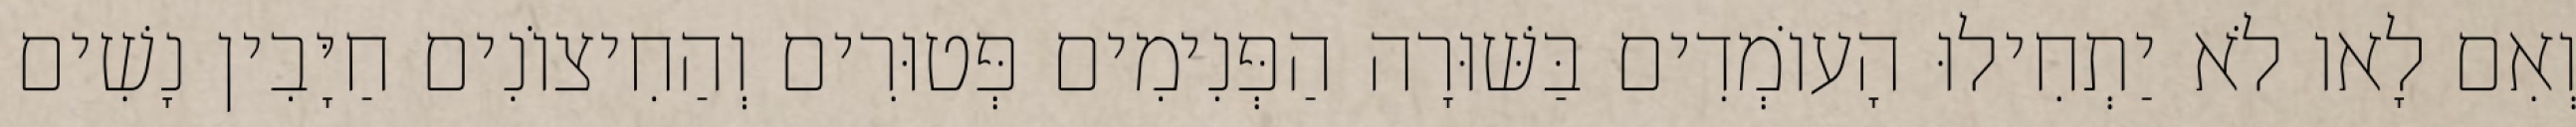
וְאִם לָאו לֹא יַתְחִילוּ הָעוֹמְדִים בַּשּׁוּרָה הַפְּנִימִים פְּטוּרִים וְהַחִיצוֹנִים חַיָּבִין נָשִׁים